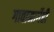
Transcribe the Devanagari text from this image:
गावामार्गेही